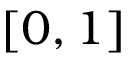
[ 0 , 1 ]